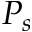
P _ { s }